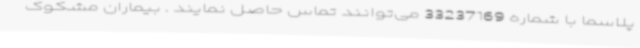
پلاسما با شماره 33237169 می‌توانند تماس حاصل نمایند . بیماران مشکوک